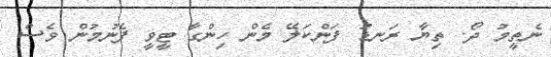
ނެތީމު ދޯ. ތިޔާ ރަނޑު ފަންކަލޭ މެން ހިންގާ ޓީވީ ފެނުމުން ވެސް